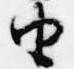
由